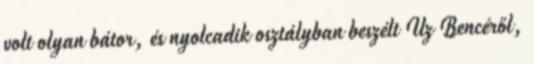
volt olyan bátor, és nyolcadik osztályban beszélt Uz Bencéről,